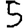
Digit: 5